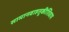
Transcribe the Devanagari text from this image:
सामानवाहतूकीशिवाय